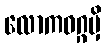
လောကဝဂ္ဂမှိ